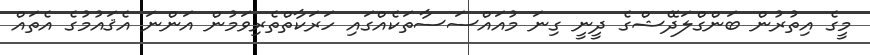
މީގެ އިތުރުން ބަންގްލަދޭޝްގެ ދީނީ ގިނަ މުއައްސަސާތަކެއްގައި ހަރަކާތްތެރިވަމުން އަންނަ އެޤައުމުގެ އެތައް